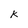
Character: k